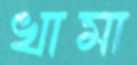
খামা